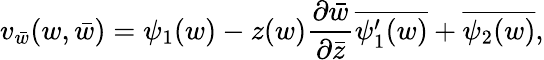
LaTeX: v_{\bar{w}}(w,\bar{w})=\psi_{1}(w)-z(w)\frac{\partial\bar{w}}{\partial\bar{z}}\overline{{{\psi_{1}^{\prime}(w)}}}+\overline{{{\psi_{2}(w)}}},